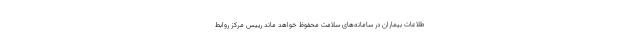
طلاعات بیماران در سامانه‌های سلامت محفوظ خواهد ماند رییس مرکز روابط